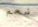
نعم